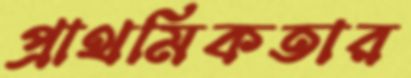
প্রাথমিকতার